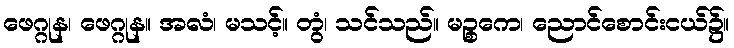
ဖေဂ္ဂုန၊ ဖေဂ္ဂုန။ အလံ၊ မသင့်။ တွံ၊ သင်သည်။ မဉ္စကေ၊ ညောင်စောင်းငယ်၌။